Report of the Municipal Commissioner on the plague in Bombay for the year ending 31st May... - Volume 2
Disease focus: Plague
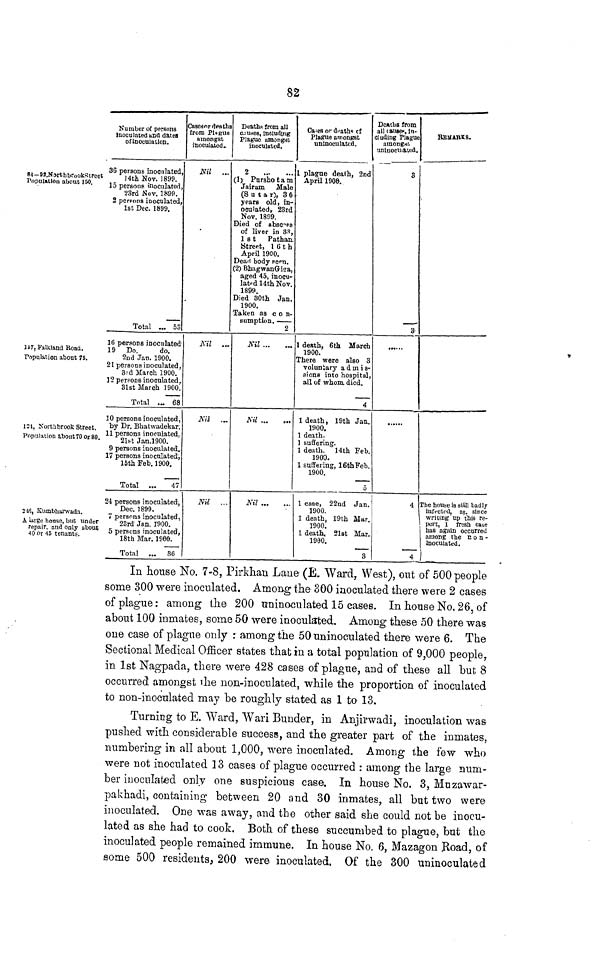
82
8*— 92,JSforthbrookStreet
Population about 150.
isr, Falkland Road.
Population about 78.
121, Xorthbrook Street.
Population about 70 or 80.
216, Kumbharwada.
A large honse, bub under
repair, and only about
40 or 45 tenants.
Number of persons
Inoculated und dates
oflnoeulation.
36 persons inoculated,
14th Nov. 1899.
15 persons inoculated,
23rd Nov. 1899.
2 persons inoculated,
1st Dec. 1899.
Total ... 53
16 persons inoculated
19 Do.
do.
2nd Jan. 1900.
21 persons inoculated,
3rd March, 1900.
12 persons inoculated,
SlstMareh 1900.
Total .~ 68
10 persons inoculated,
by Dr. Bhatwadekar.
11 persons inoculated.
21st Jan.1900.
9 persons inoculated.
17 persons inoculated,
15th Feb. 1900.
Total ...
47
24 persons inoculated,
Dec. 1899.
7 persons inoculated,
23rd' Jan. 1900.
5 persons inoculated,
18th Mar. I960.
Total ... 36
Cases or deaths
from Plague
amongst
inoculated.
Nil
...
Nil
...
Nil ...
Nil
...
Deaths from all
c.i uses, including
Plaguo otnongsc
inoculated.
2
(1) Pnrshotam
Jairam Male
(8 u t a r), 30
years old, in-
oculated, 23rd
Nov. 1899.
Died of abacus
of liver in 33,
1st
Pathan.
Street, 16th
April 1900.
Dead body seen.
(2) BhagwanGica,
aged 45, inocu-
lat"d 14th Nov.
1899.
Died 30th Jan.
1900.
Taken as c o n-
sumption.
2
Nil ...
Kti
Nil
Cft-es or deaths ct
Plague amongst
uninoculatcd.
plague death, 2nd
April 190&.
1 death, 6th March
1900.
There were also 3
voluntary a d in i s-
siona into hospital,
all of -whom. died.
4
1 death, 19th Jan.
1900.
1 death.
1 suffering.
1 death, 14th Feb.
1900.
1 suffeiing, 16th Feb.
1900.
5
1 case, 22nd
Jan.
1900.
1 death, l'9th Mar.
1900.
1 death, 21st Mar.
1900.
3
Daubs from
all (aiwe», in-
uluding Plague
ainongitr.
uniuociiiawd.
3
___-
3
4
4
REMARK 9.
The house is still badly
infected, as. since
writing tip this re-
port, 1 fresh case
lias again occurred
among the c o n -
inoculated.
|
In Louse No. 7-8, Pirkhan Lane- (E, Ward, West), out of 500 people
some 300 were inoculated. Among the 300 inoculated there were 2 cases
of plague: among the 200 uninoculated 15 cases. In house No. 26, of
about 100 inmates, some 50 were inoculated. Among these 50 there was
one case of plague only : among the 50 uninoculated there were 6. The
Sectional Medical Officer states that in a total population of 9,000 people,
in 1st Nagpada, there were 428 cases of plague, and of these ah 1 but 8
occurred amongst the non-inoculated, while the proportion of inoculated
to non-inoculated may be roughly stated as 1 to 13.
Turning to E. Ward, Wari Bunder, in Anjirwadi, inoculation was
pushed with considerable success, and the greater part of the inmates,
numbering in all about 1,000, were inoculated. Among the few who
were not inoculated 13 cases of plague occurred : among the large num-
ber inoculated only one suspicious case. In house No. 3, Mnzawar-
pakhadi, containing between 20 and 30 inmates, all but two were
inoculated. One was away, and the other said she could not be inocu-
lated as she had to cook. Both of these succumbed to plague, but the
inoculated people remained immune. In house No. 6, Mazagon Road, of
some 500 residents, 200 were inoculated. Of the 300 uninoculated